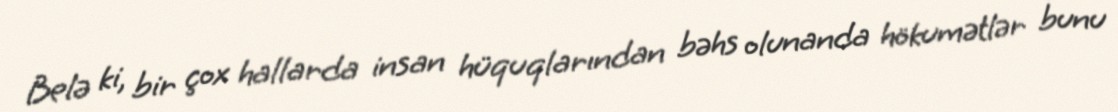
Belə ki, bir çox hallarda insan hüquqlarından bəhs olunanda hökumətlər bunu